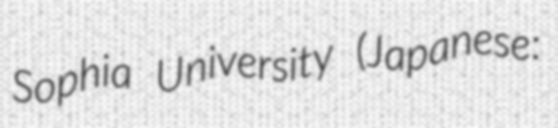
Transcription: Sophia University (Japanese: